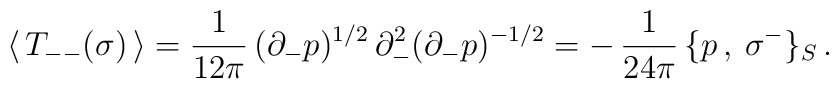
\langle\, T_{--}(\sigma)\, \rangle =\frac{1}{12\pi}\,(\partial_{-}p)^{1/2}\,\partial_{-}^{2}(\partial_{-}p)^{-1/2}= -\,\frac{1}{24\pi}\,\{ p\,,\: \sigma^{-} \}_{S} \,.